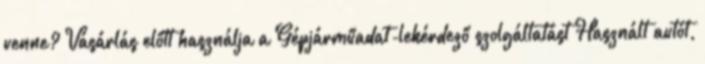
venne? Vásárlás előtt használja a Gépjárműadat-lekérdező szolgáltatást Használt autót,